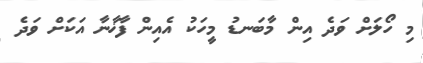
މި ހޯލަށް ވަދެ އިން މާބަނޑު މީހަކު އެއިން ފާޚާނާ އަކަށް ވަދެ